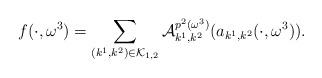
LaTeX: \begin{align*}f(\cdot,\omega^3)=\sum_{(k^1,k^2)\in\mathcal{K}_{1,2}}\mathcal{A}^{p^2(\omega^3)}_{k^1,k^2}(a_{k^1,k^2}(\cdot,\omega^3)).\end{align*}